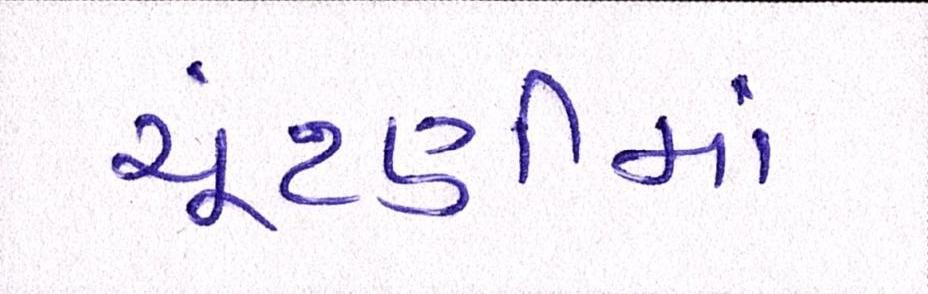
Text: ચૂંટણીમાં